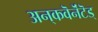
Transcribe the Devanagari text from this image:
अन्‌कवॆनॆंटॆड्